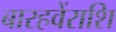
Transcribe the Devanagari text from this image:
बारहवेंराशि